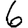
Digit: 6